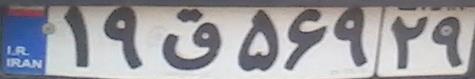
۱۹ق۵۶۹۲۹